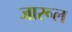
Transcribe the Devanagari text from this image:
जारूल